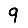
Digit: 9